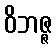
ဝိဘဇ္ဇ